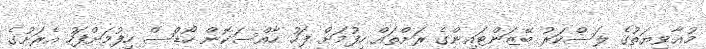
މުޢާވިޔަތުގެ ލަސްކަރު ބޭޒަންޓައިންގެ ރަށްތައް ހިފުމަށް ފަހު ހާއްސަކޮން ހޯޑްސް ހިފުމަށްފަހު އެރަށުގެ